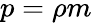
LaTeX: p=\rho m